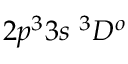
{ 2 p ^ { 3 } 3 s ~ ^ { 3 } D ^ { o } }